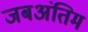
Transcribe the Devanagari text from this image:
जबअंतिम